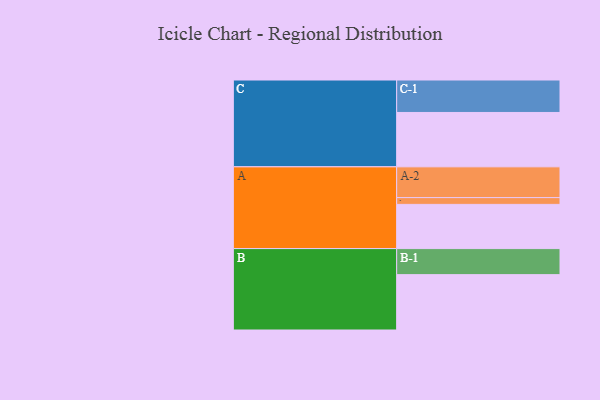
{"axis": {"x": "Segment", "y": "Value"}, "legend": ["", "A", "B", "C"], "data": [{"x": "A", "y": 392, "type": ""}, {"x": "B", "y": 491, "type": ""}, {"x": "C", "y": 482, "type": ""}, {"x": "A-1", "y": 60, "type": "A"}, {"x": "A-2", "y": 273, "type": "A"}, {"x": "B-1", "y": 231, "type": "B"}, {"x": "C-1", "y": 288, "type": "C"}]}